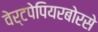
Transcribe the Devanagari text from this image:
वेर्टपेपियरबोरसे